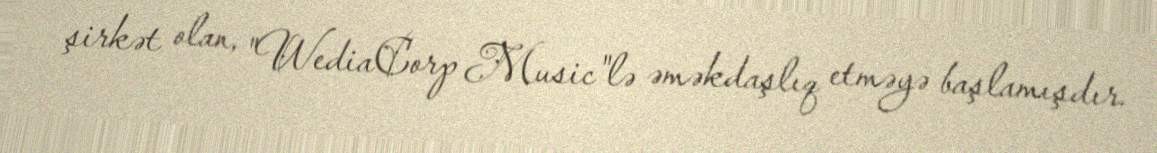
şirkət olan, "WediaCorp Music"lə əməkdaşlıq etməyə başlamışdır.